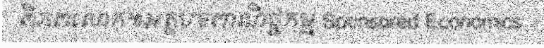
ពិភពលោក៕អត្ថបទពាណិជ្ជកម្ម Sponsored Economics